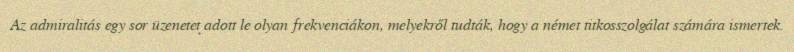
Az admiralitás egy sor üzenetet adott le olyan frekvenciákon, melyekről tudták, hogy a német titkosszolgálat számára ismertek.